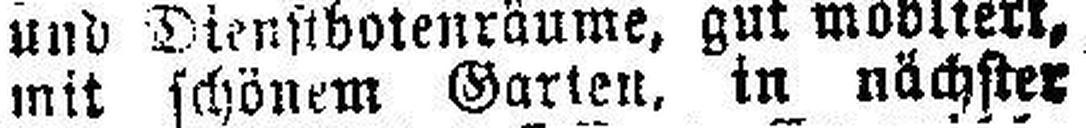
mit schönem Garten, in nächster